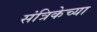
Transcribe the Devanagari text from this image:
संत्रिकेच्या